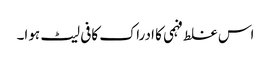
اس غلط فہمی کا ادراک کافی لیٹ ہوا۔